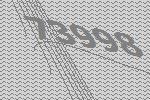
73998